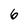
Character: 6